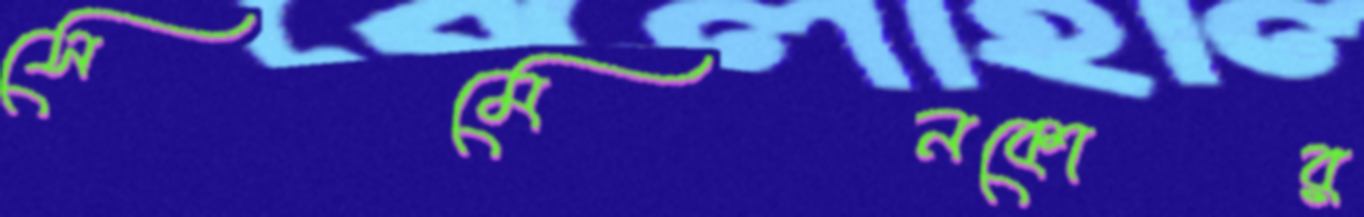
সেমেনকোর